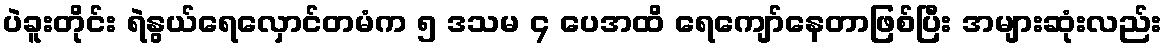
ပဲခူးတိုင်း ရဲနွယ်ရေလှောင်တမံက ၅ ဒသမ ၄ ပေအထိ ရေကျော်နေတာဖြစ်ပြီး အများဆုံးလည်း